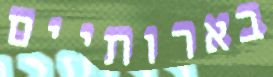
בארותיים